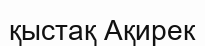
қыстақ Ақирек